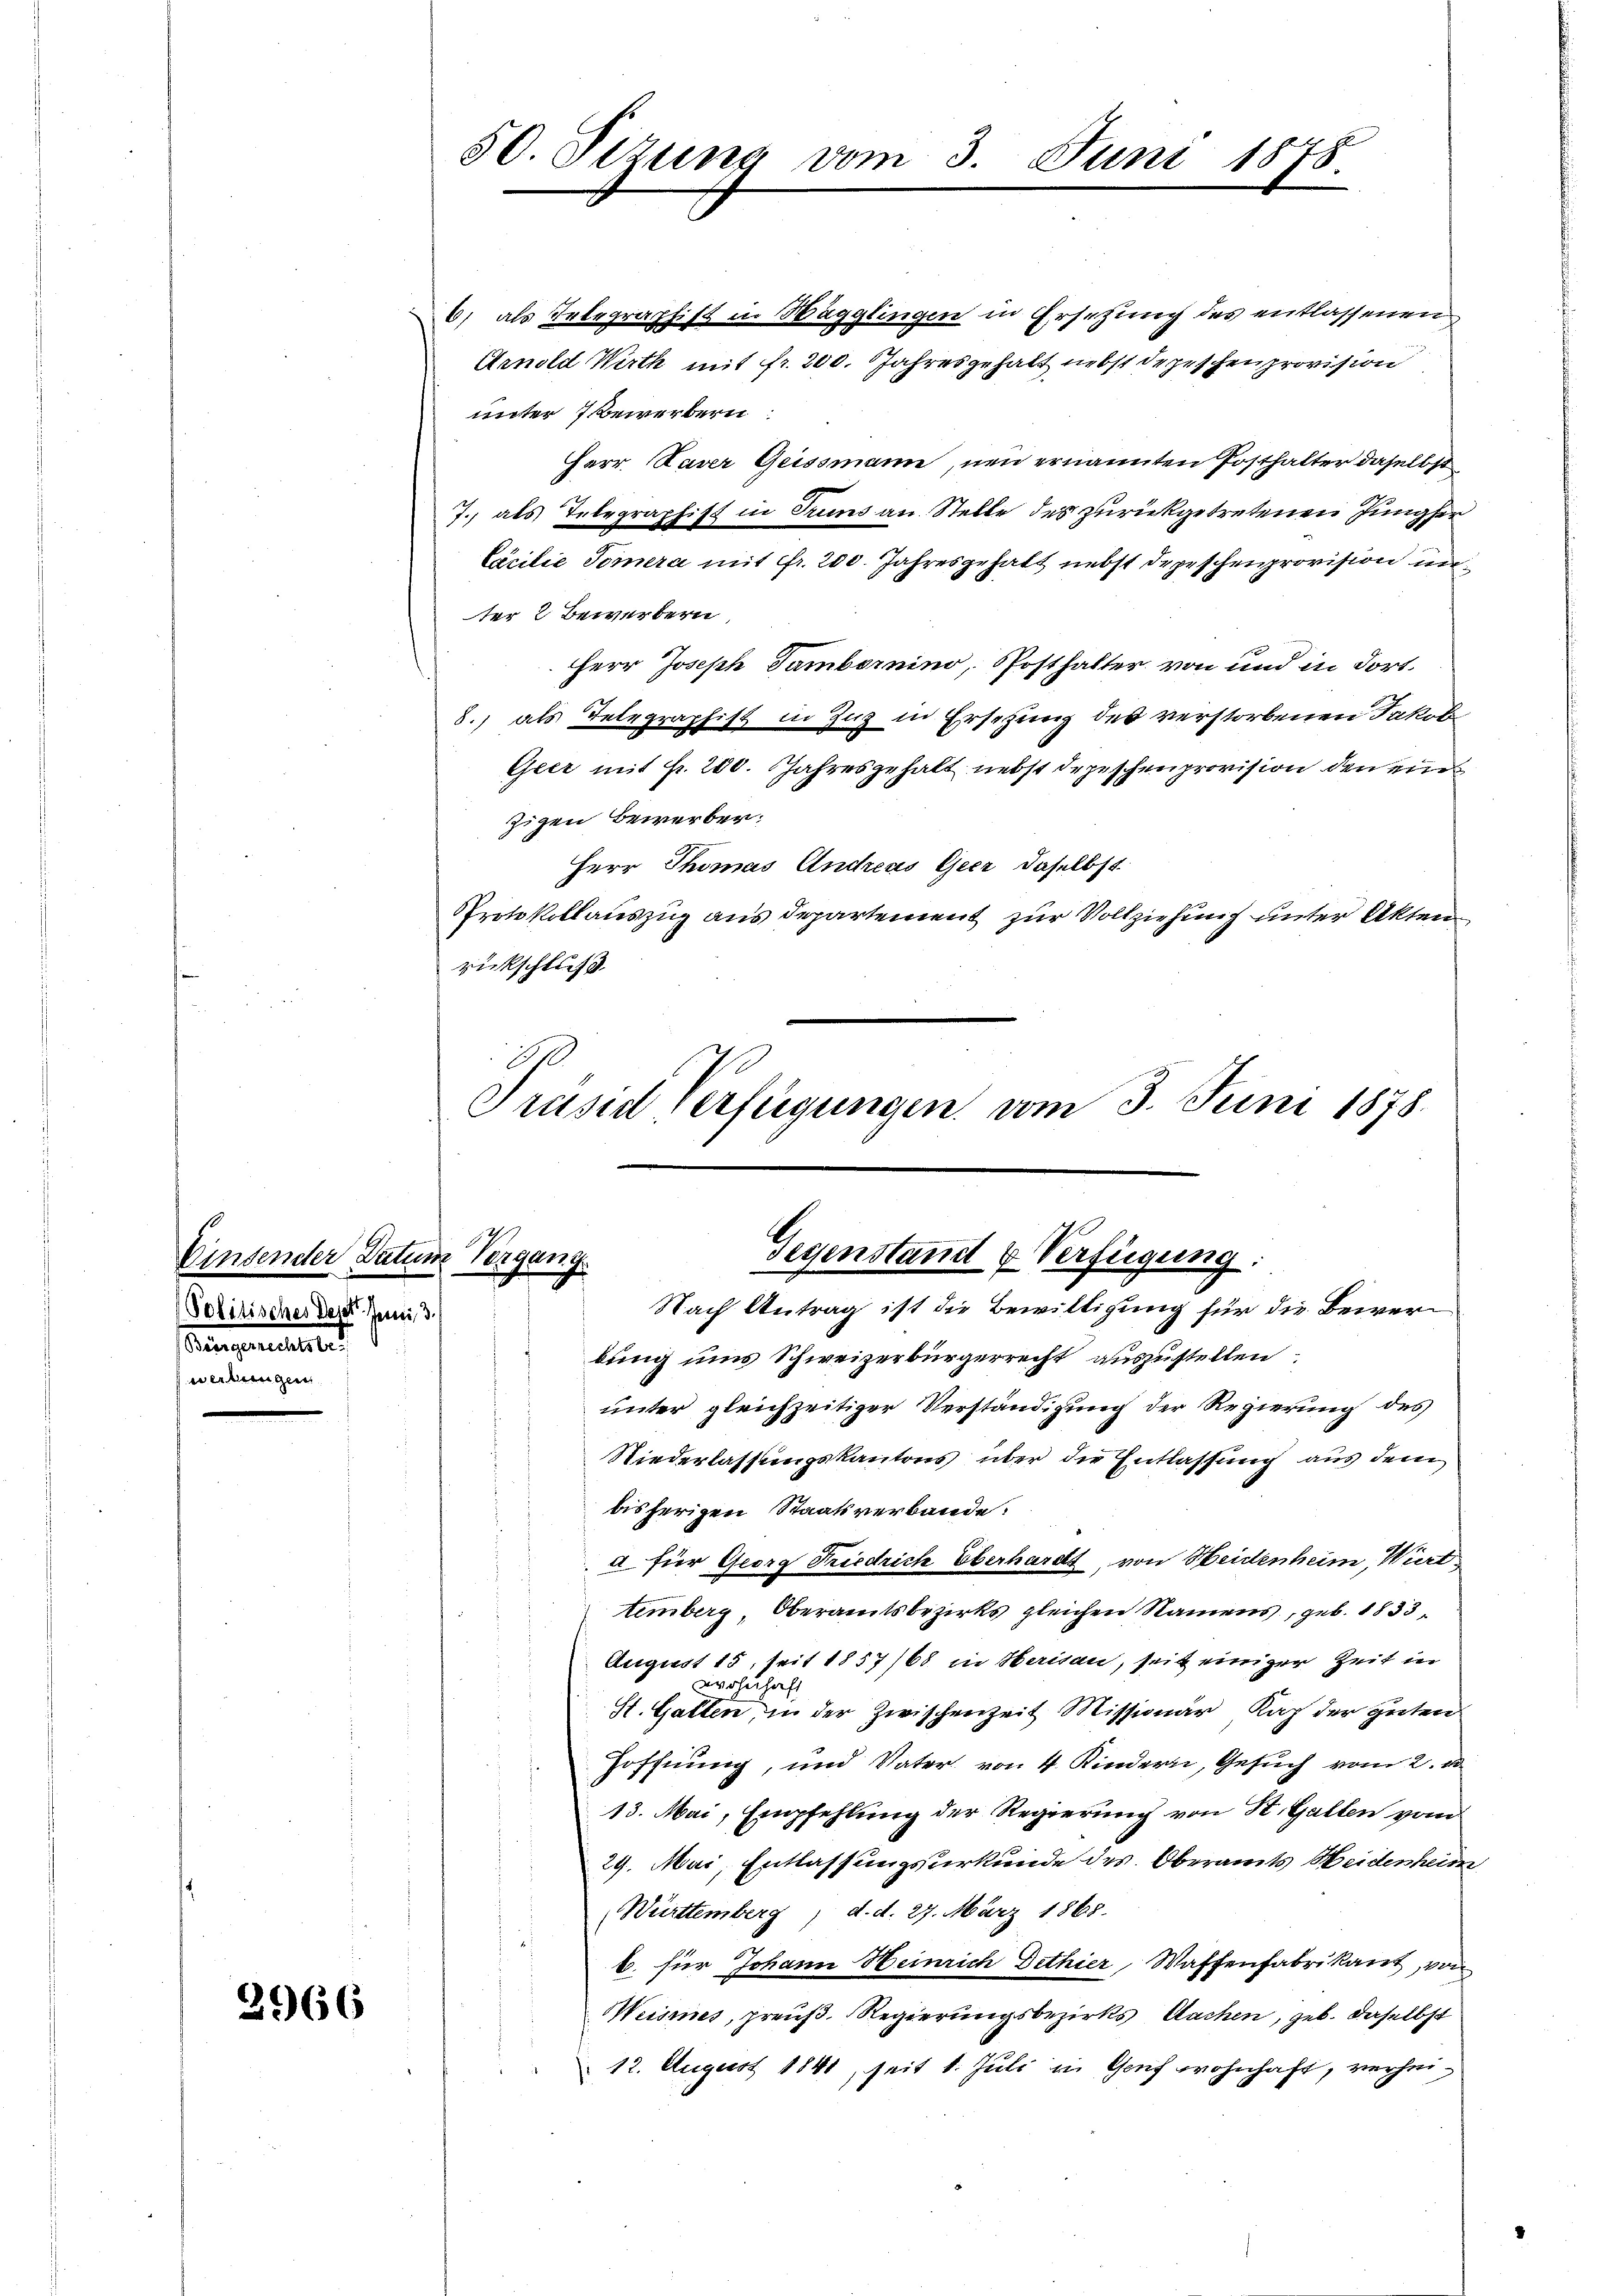
Einsender Datum
Politisches Daset. Jeni, 3.
Rungartelster
werbungen

2966

6) als Telegraphist in Hägglingen in Ersetzung des entlassenen
Arnold Wirth mit fr. 200. Jahresgehalt nebst Depeschen provision
unter Bewerbern
Herr Kaser Geissmann, neu ernannten Posthalter daselbst
J. als Telegraphist in Truns an Stelle des zurückgetretenen Jungher
Cacilie Tomera mit Fr. 200. Jahresgehalt nebst Depeschenprovision un
ter 2 Bewerbern,
Herr Joseph Tambornino, Posthalter von und in dort.
8.) als Telegraphist in Zug in Ersetzung des verstorbenen Jakob
Geer mit fr. 200. Jahresgehalt nebst Depeschenprovision den ein
zigen Bewerber.
Herr Thomas Andreas Geer, daselbst
Protokollauszug aus departement zur Vollziehung unter Akten
rickschluß
Präsid Verfügungen vom 3. Juni 1878.

50. Sizung vom

Juni 1878.

Vergang
Gegenstand & Verfügung.
Nach Antrag ist die Bewilligung für die Bewer¬

bung uns Schweizerbürgerrecht auszustellen.
unter gleichzeitiger Verständigung der Regierung des
Niederlassungskantons über die Entlassung aus dem
bisherigen Staatsverbande:
a für Georg Friedrich Oberhardt, von Heidenheim, Wirt
temberg, Oberamtsbezirks gleichen Namens, geb. 1833,
August 15, seit 1857/68 in Herisau, seit einiger Zeit in
wohnhaft
St. Gatten, in der Zwischenzeit Missionär Kap der guten
Hoffnung, und Vater von 4 Kindern, Gesuch vom 2. d
13. Mai, Empfehlung der Regierung von St. Gallen vom
29. Mai, Entlassungsurkunde des Oberamts Heidenheim
Württemberg, d. d. 27. März 1865.
b. für Johann Heinrich Dethier Waffenfabrikant, von
Weises, preuß. Regierungsbezirks Sachen, geb. daselbst
12. August 1841, seit 1. Juli in Genf wohnhaft, verhei¬